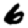
Digit: 6